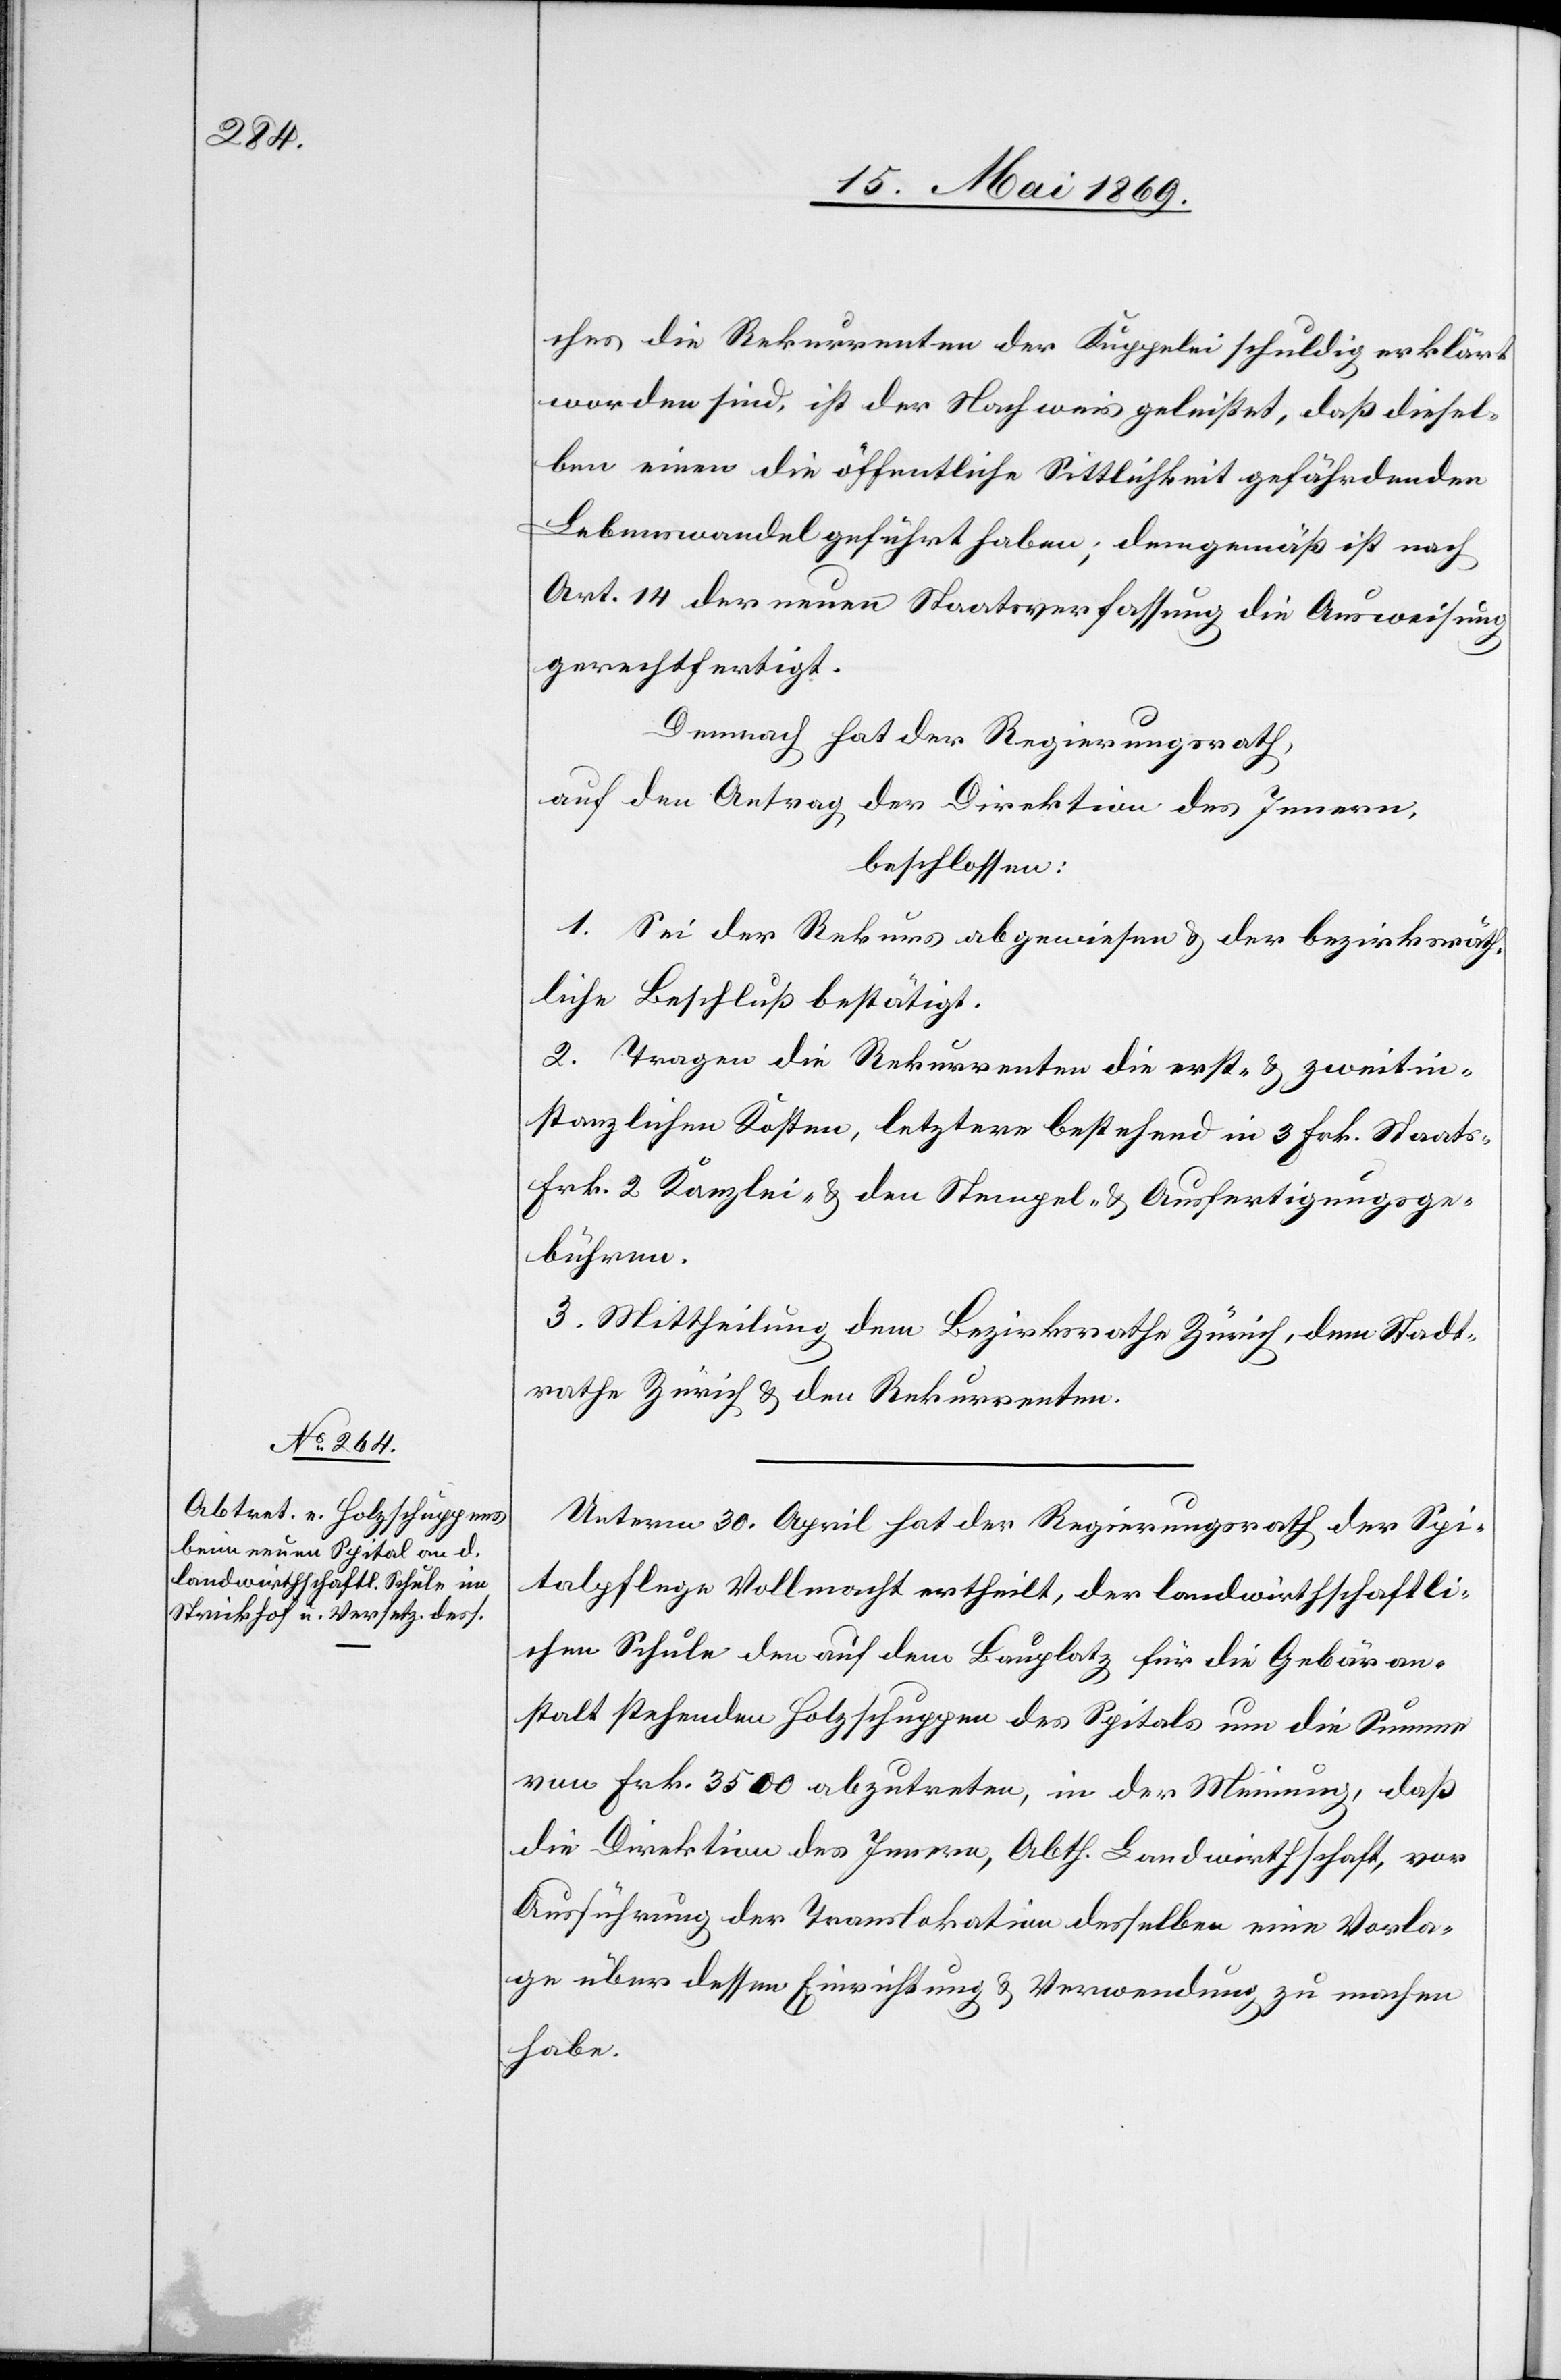
ches die Rekurrenten der Kuppelei schuldig erklärt
worden sind, ist der Nachweis geleistet, daß diesel¬
ben einen die öffentliche Sittlichkeit gefährdenden
Lebenswandel geführt haben; demgemäß ist nach
Art. 14 der neuen Staatsverfassung die Ausweisung
gerechtfertigt.
Demnach hat der Regierungsrath,
auf den Antrag der Direktion des Innern,
beschlossen:
1. Sei der Rekurs abgewiesen u. der bezirksräth¬
liche Beschluß bestätigt.
2. Tragen die Rekurrenten die erst- u. zweitin¬
stanzlichen Kosten, letztere bestehend in 3 Frk. Staats-
Frk. 2 Kanzlei- u. den Stempel- u. Ausscheidungsge¬
bühren.
3. Mittheilung dem Bezirksrath Zürich, dem Stadt¬
rathe Zürich u. den Rekurrenten.
Unterm 30. April hat der Regierungsrath der Spi¬
talpflege Vollmacht ertheilt, der landwirthschaftli¬
chen Schule den auf dem Bauplatz für die Gebäran¬
stalt stehenden Holzschuppen des Spitals um die Summe
von Frk. 3500 abzutreten, in der Meinung, daß
die Direktion des Innern, Abth. Landwirthschaft, vor
Ausführung der Translokation desselben eine Vorla¬
ge über dessen Einrichtung u. Verwendung zu machen
habe.